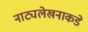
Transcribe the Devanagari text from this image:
नाट्यलेखनाकडे